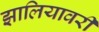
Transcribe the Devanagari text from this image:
झालियावरी